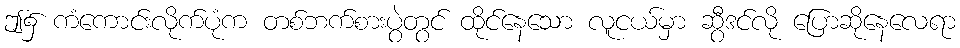
ဤ၌ ကံကောင်းလိုက်ပုံက တစ်ဘက်စားပွဲတွင် ထိုင်နေသော လူငယ်မှာ ဆွီဒင်လို ပြောဆိုနေလေရာ